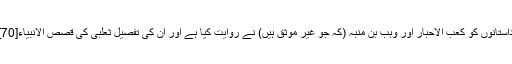
ان میں سے اکثر داستانوں کو کعب الاحبار اور وَہْب بن مُنَبِّہ (کہ جو غیر موثق ہیں) نے روایت کیا ہے اور ان کی تفصیل ثعلبی کی قصص الانبیاء[70] مذکور ہوئی ہیں۔